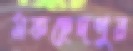
মকছেদপুর